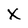
Character: X